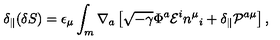
\delta _ { \parallel } ( \delta S ) = \epsilon _ { \mu } \int _ { m } \nabla _ { a } \left[ \sqrt { - \gamma } \Phi ^ { a } { \cal E } ^ { i } n ^ { \mu } { } _ { i } + \delta _ { \parallel } { \cal P } ^ { a \mu } \right] ,